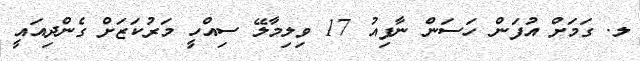
ލ. ގަމަށް އުފަން ހަސަން ނާފިއު 17 ވިލިމާލޭ ސިއްހީ މަރުކަޒަށް ގެންދިއައީ